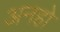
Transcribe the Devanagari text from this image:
अनहो